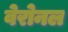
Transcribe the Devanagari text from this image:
वेरोनल